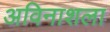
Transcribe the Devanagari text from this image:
अविनाशला